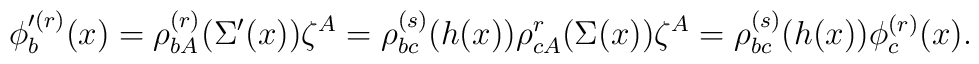
\phi'^{(r)}_b(x)=\rho^{(r)}_{bA}(\Sigma'(x))\zeta^A              =\rho^{(s)}_{bc}(h(x))\rho^r_{cA}(\Sigma(x))\zeta^A              =\rho^{(s)}_{bc}(h(x))\phi^{(r)}_c(x).